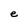
Character: e